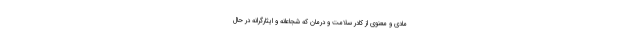
مادی و معنوی از کادر سلامت و درمان که شجاعانه و ایثارگرانه در حال